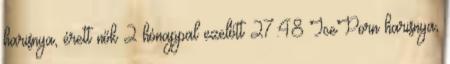
harisnya, érett nők 2 hónappal ezelőtt 27:48 IcePorn harisnya,